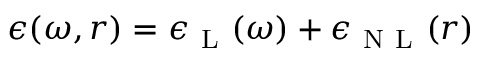
\epsilon ( \omega , { \boldsymbol { r } } ) = \epsilon _ { \mathrm { ~ L ~ } } ( \omega ) + \epsilon _ { \mathrm { ~ N ~ L ~ } } ( { \boldsymbol { r } } )